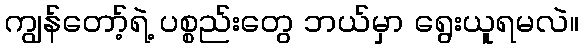
ကျွန်တော့်ရဲ့ ပစ္စည်းတွေ ဘယ်မှာ ရွေးယူရမလဲ။